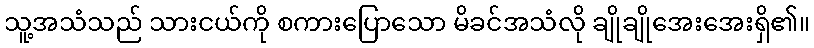
သူ့အသံသည် သားငယ်ကို စကားပြောသော မိခင်အသံလို ချိုချိုအေးအေးရှိ၏။